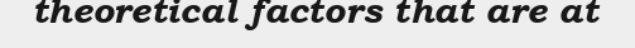
theoretical factors that are at